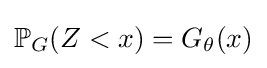
\mathbb {P} _{G}(Z<x)=G_{\theta }(x)